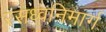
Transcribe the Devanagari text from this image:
रसध्वनिमार्ग